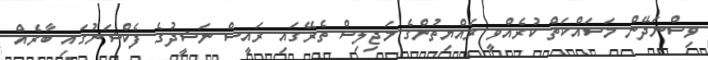
ވިސްނަދޭން މަސައްކަތް ކުރެއްވީ ރައްްޔިތުންގެ މަޖިލިސް ތެރޭގައި ރައީސް ނަޝީދުގެ ފެކްޝަނުގައި ބާރެެއް